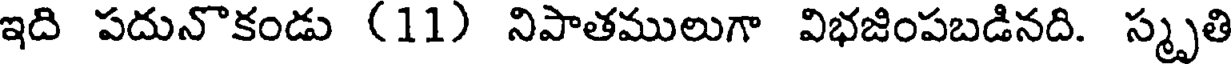
ఇది పదునొకండు (11) నిపాతములుగా విభజింపబడినది. స్మృతి